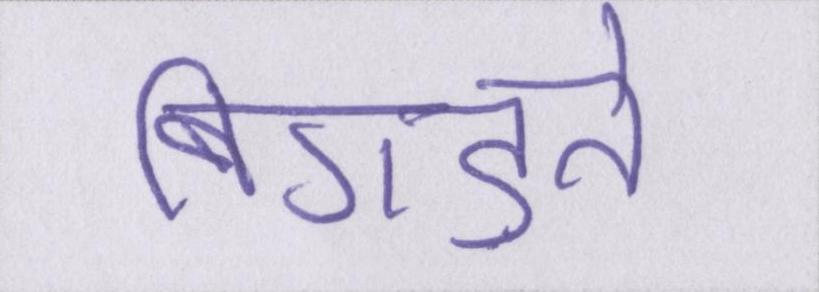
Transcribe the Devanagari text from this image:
बिगड़ते